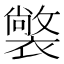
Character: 𧝟